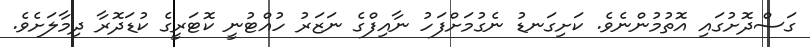
ގަސްދޮށުގައި އޮތުމުންނެވެ. ކަށިގަނޑު ނެގުމަށްފަހު ނާއިފްގެ ނަޒަރު ހުއްޓުނީ ކޮޓަރީގެ ކުޑަދޮރާ ދިމާލަށެވެ.